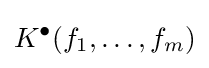
K^{\bullet }(f_{1},\ldots ,f_{m})